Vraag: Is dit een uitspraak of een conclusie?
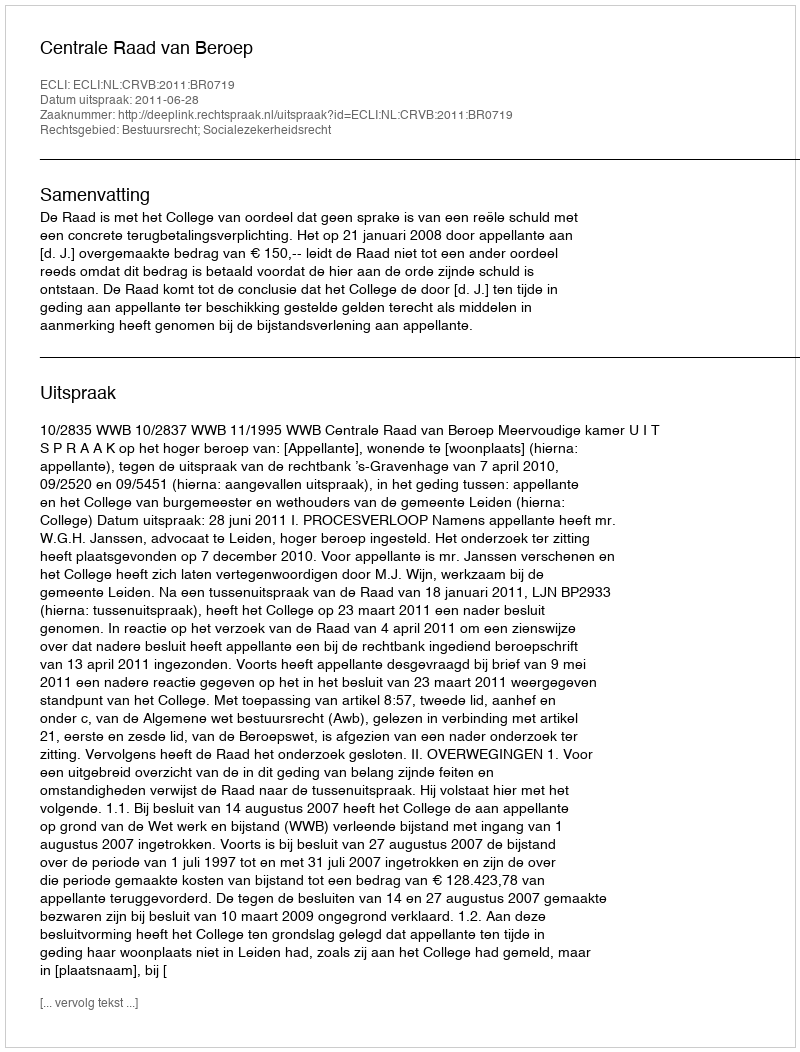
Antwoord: Uitspraak